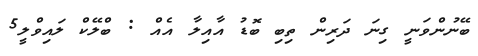
ބޭނުންވަނީ ގިނަ ދަރިން ތިބި ބޮޑު އާއިލާ އެއް : ބްލޭކް ލައިވްލީ5